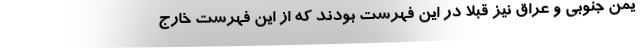
یمن جنوبی و عراق نیز قبلا در این فهرست بودند که از این فهرست خارج